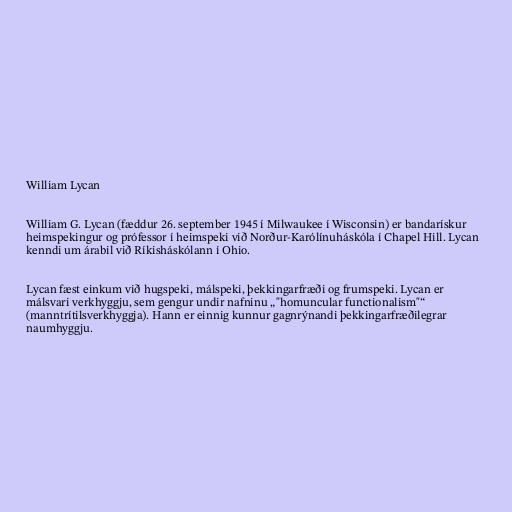
William Lycan

William G. Lycan (fæddur 26. september 1945 í Milwaukee í Wisconsin) er bandarískur
heimspekingur og prófessor í heimspeki við Norður-Karólínuháskóla í Chapel Hill. Lycan
kenndi um árabil við Ríkisháskólann í Ohio.

Lycan fæst einkum við hugspeki, málspeki, þekkingarfræði og frumspeki. Lycan er
málsvari verkhyggju, sem gengur undir nafninu „"homuncular functionalism"“
(manntrítilsverkhyggja). Hann er einnig kunnur gagnrýnandi þekkingarfræðilegrar
naumhyggju.